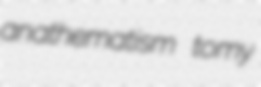
anathematism tomy